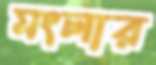
মংলার